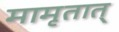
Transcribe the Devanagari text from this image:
मामृतात्‌